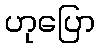
ဟုပြော